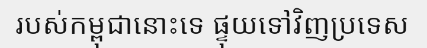
របស់កម្ពុជានោះទេ ផ្ទុយទៅវិញប្រទេស